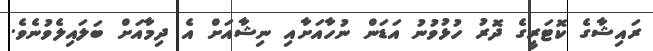
ރައިޝާގެ ކޮޓަރީގެ ދޮރު ހުޅުވުނު އަޑަން ނުހާއަށާއި ނިޝާއަށް އެ ދިމާއަށް ބަލައިލެވުނެވެ.